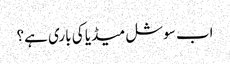
اب سوشل میڈیا کی باری ہے؟